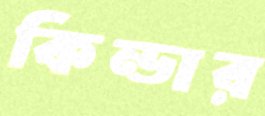
কিন্ডার